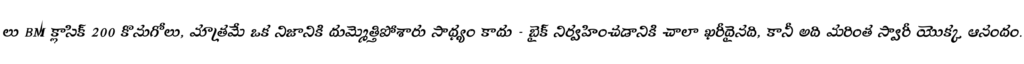
లు BM క్లాసిక్ 200 కొనుగోలు, మాత్రమే ఒక నిజానికి దుమ్మెత్తిపోశారు సాధ్యం కాదు - బైక్ నిర్వహించడానికి చాలా ఖరీదైనది, కానీ అది మరింత స్వారీ యొక్క ఆనందం.